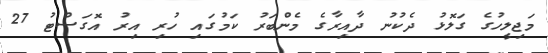
މަޖިލީހުގެ ގަލޮޅު ދެކުނު ދާއިރާގެ މެންބަރު ކަމުގައި ހުރި އިރު އޮގަސްޓު 27